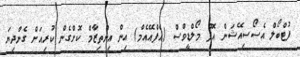
ފުޓްބޯލް އެސޯސިއޭޝަން އޮފް މޯލްޑީވްސް (އެފްއޭއެމް) އިން އިންތިޒާމް ކޮށްގެން ކުރިއަށް ގެންދިޔަ